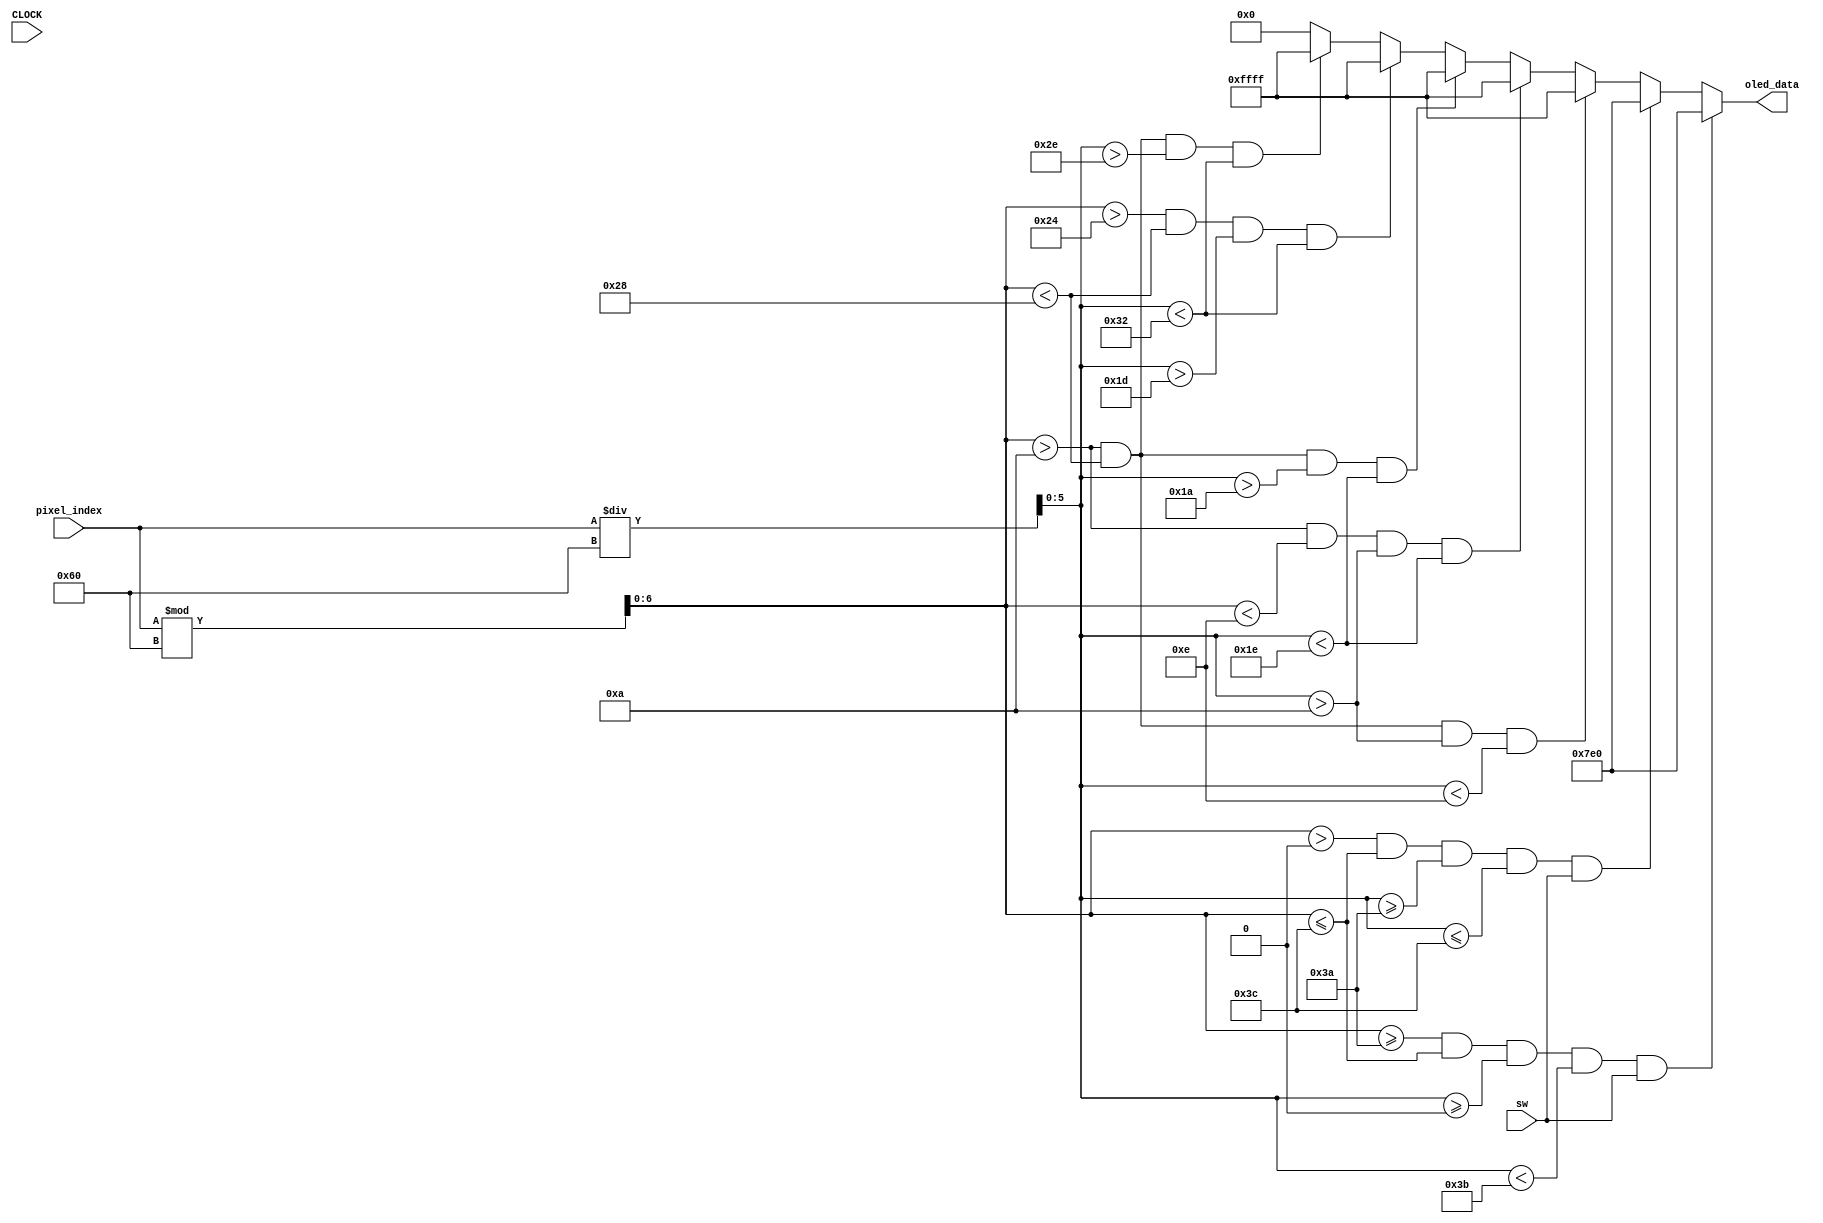
`timescale 1ns / 1ps
//////////////////////////////////////////////////////////////////////////////////
// Company: 
// Engineer: 
// 
// Design Name: 
// Module Name: five
// Project Name: 
// Target Devices: 
// Tool Versions: 
// Description: 
// 
// Dependencies: 
// 
// Revision:
// Revision 0.01 - File Created
// Additional Comments:
// 
//////////////////////////////////////////////////////////////////////////////////

module oled_digit_5(
    input CLOCK,
    input sw,
    input [12:0] pixel_index,
    output reg [15:0] oled_data
    );
    wire [6:0] x; //from 0 to 95
    wire [5:0] y;
    assign x = pixel_index%96;
    assign y = pixel_index/96;
    always @(CLOCK) begin
        if ((x >= 58) && (x <= 60) && (y >= 0) && (y < 59) && sw) begin
            oled_data <= 16'h07E0;
        end
        else if ((x > 0) && (x <= 60) && (y >= 58) && (y <= 60) && sw) begin
            oled_data <= 16'h07E0;
        end
        else if ((x > 10) && (x < 40) && (y > 10) && (y < 14)) begin
            oled_data <= 16'b1111111111111111;
        end
        else if ((x > 10) && (x < 14) && (y > 10) && (y < 30)) begin
            oled_data <= 16'b1111111111111111;
        end
        else if ((x > 10) && (x < 40) && (y > 26) && (y < 30)) begin
            oled_data <= 16'b1111111111111111;
        end
        else if ((x > 36) && (x < 40) && (y > 29) && (y < 50)) begin
            oled_data <= 16'b1111111111111111;
        end  
        else if ((x > 10) && (x < 40) && (y > 46) && (y < 50)) begin
            oled_data <= 16'b1111111111111111;
        end               
        else begin
            oled_data <= 16'h0000;
        end
    end

endmodule